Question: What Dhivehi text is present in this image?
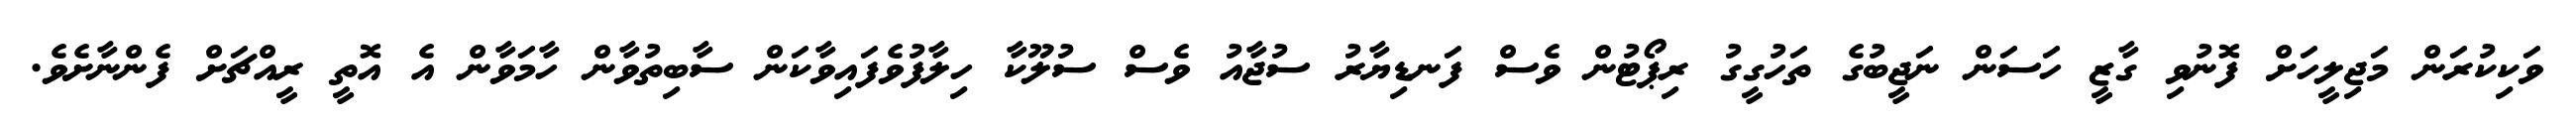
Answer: ވަކިކުރަން މަޖިލީހަށް ފޮނުވި ގާޒީ ހަސަން ނަޖީބުގެ ތަހުގީގު ރިޕޯޓުން ވެސް ފަނޑިޔާރު ސުޖާއު ވެސް ސުލޫކާ ހިލާފުވެފައިވާކަން ސާބިތުވާން ހާމަވާން އެ އޮތީ ރީއްޗަށް ފެންނާށެވެ.